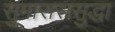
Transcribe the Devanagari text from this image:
सुमाराससुद्धा